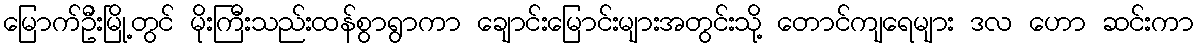
မြောက်ဦးမြို့တွင် မိုးကြီးသည်းထန်စွာရွာကာ ချောင်းမြောင်းများအတွင်းသို့ တောင်ကျရေများ ဒလ ဟော ဆင်းကာ